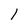
Character: 1